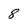
Character: 8